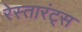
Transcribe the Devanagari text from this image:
रेस्तारंट्स